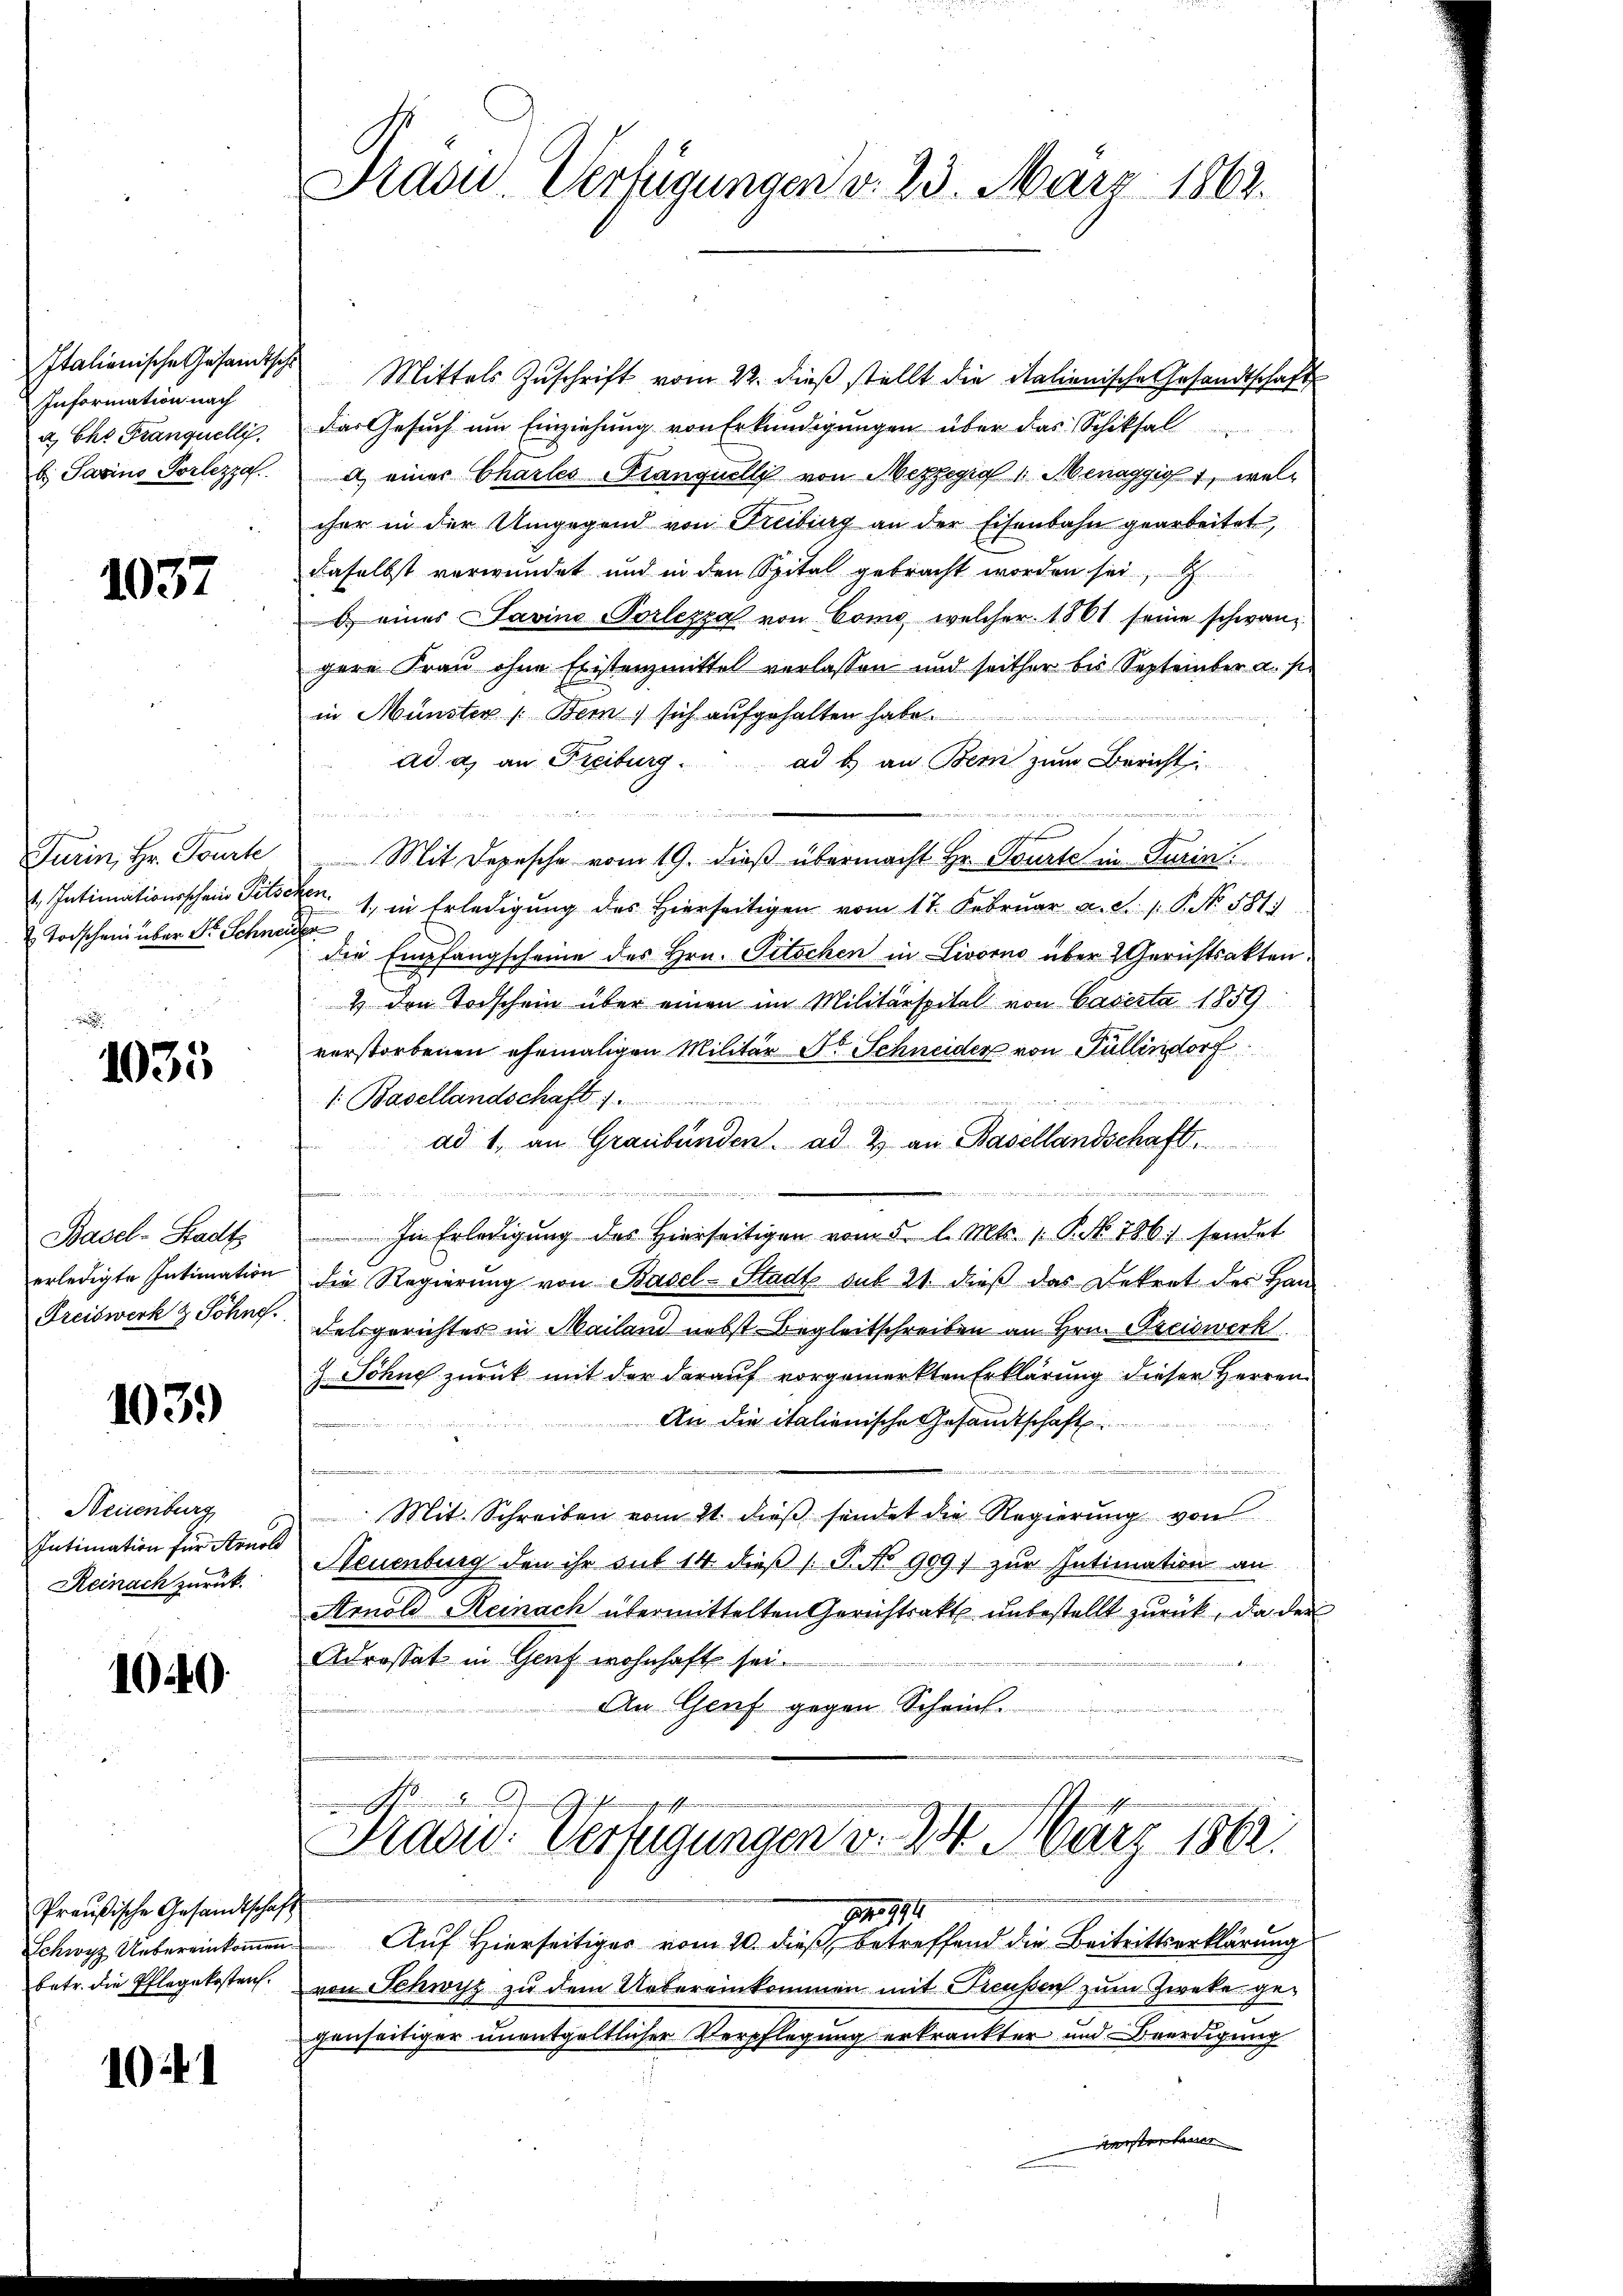
Italienische Gesamtsche
Information nach
a Ehr Franquelli
b. Pasino Vorlezza

1037

Turin, Hr. Tourte
t. Intimationsschein Pits-
Todschein über Dr. Schnei

1035

Basel-Stadt
erledigte Intimation
Freiswerk & Söhne

103.)

Neuenburg
Intimation für Arnol
Reinach zurück.

1040.

Preußische Gesandtschaft
betr. die Pflegekosten.

1041

Präsid.. Verfügungen d. 23. März 1862.

Mittels Zuschrift vom 22. dieß stellt die italienische Gesandtschaft
des Gesuch um Einziehung von Erkundigungen über das Schiksal
a einer Charles Tranquelli von Mezzegra 1 Menaggio, welcher in der Umgegend von Freibung an der Eisenbahn gearbeitet,
daselbst verwundet und in den Spital gebracht worden sei,
6 eines Savino PPorlesza von Como, welcher 1861 seine schwan-
gere Frau ohne Existenzmittel verlassen und seither bis September a. p.
in Münster Bern) sich aufgehalten habe.

ad a) an Freiburg.
ad b) an Bern zum Bericht
t
Mit Depesche vom 19. dieß übermacht Hr. Courte in Turin
 1, in Erledigung des Hierseitigen vom 17. Februar a. d. 1. P. No. 581.
h
die Empfangscheine des Hrn. Pitschen in Livorno über 2 Gerichtsakten.
4 den Todschein über einen im Militärspital von Caserta 1859.
verstorbenen ehemaligen Militär Sr. Schneider von Füllendorf
s: Basellandschaft 1
e
ad 1, an Graubünden. ad 2. an Basellandschaft.
d
In Erledigung des Hierseitigen vom 5. l. Mts. 1. P. No 786 sendet
die Regierung von Basel-Stadt sub 21. dieß das Dekret des Han-
Fahrgerichtes in Mailand nebst Begleitschreiben an Hrn. Preiswerk
 Söhne zurück mit der darauf vorgemerkten Erklärung dieser Herren
An die italienische Gesandtschaft
d
Mit Schreiben vom 21. dieβ sendet die Regierung von
Neuenburg den ihr sub 14 dieß (T. No 909. zur Intimation an
Arnold Reinach übermittelten Gerichtsakt unbestellt zurück, da der
Adrossat in Genf wohnhaft sei.
An Genf gegen Scheint.
Frasw. Verfügungen u. 23. März 1862.
17.4.1911.
Schwyz Uebereinkommen Auf Hierseitiges vom 20. dieß, betreffend die Beitrittserklärung
von Schwyz zu dem Uebereinkommen mit Freussen zum Zweke gegenseitiger unentgeltlicher Verpflegung erkränkter und Beerdigung
verstenten